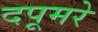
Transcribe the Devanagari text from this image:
दपूमरे